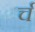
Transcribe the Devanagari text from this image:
र्च